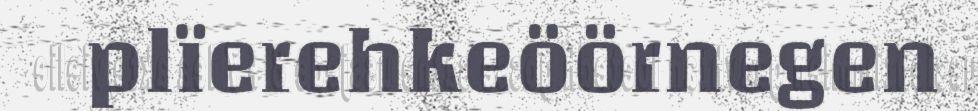
plïerehkeöörnegen